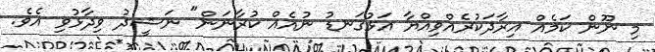
މި ނޫން ކަމެއް އިރާދަކުރެއްވިއްޔާ އަޅުގަނޑު ނުއެއް ކުރާނަން" ނަޝީދު ވިދާޅުވި އެވެ.